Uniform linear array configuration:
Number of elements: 4
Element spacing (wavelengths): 0.5
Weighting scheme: binomial
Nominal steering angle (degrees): -45
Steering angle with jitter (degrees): -44.634
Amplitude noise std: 0.05
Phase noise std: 0.05

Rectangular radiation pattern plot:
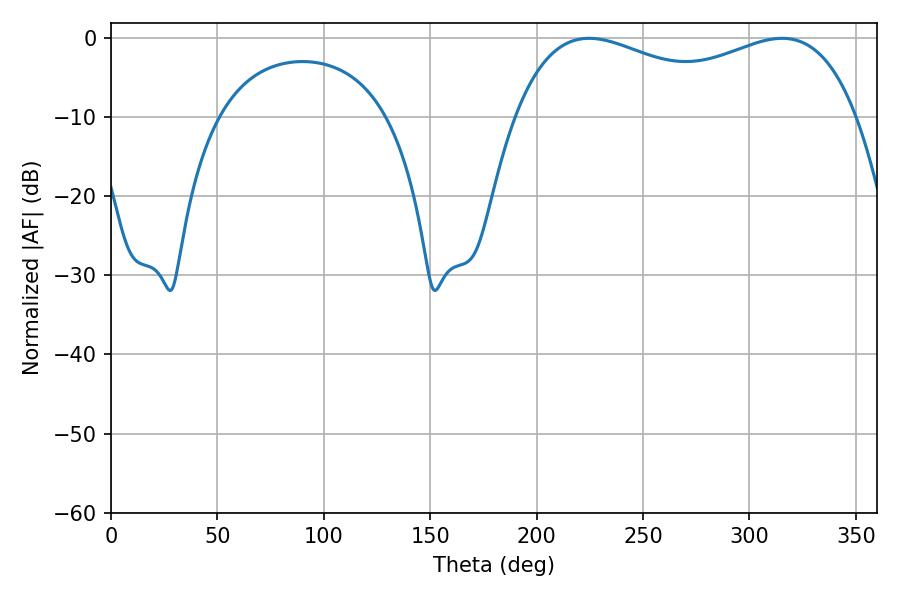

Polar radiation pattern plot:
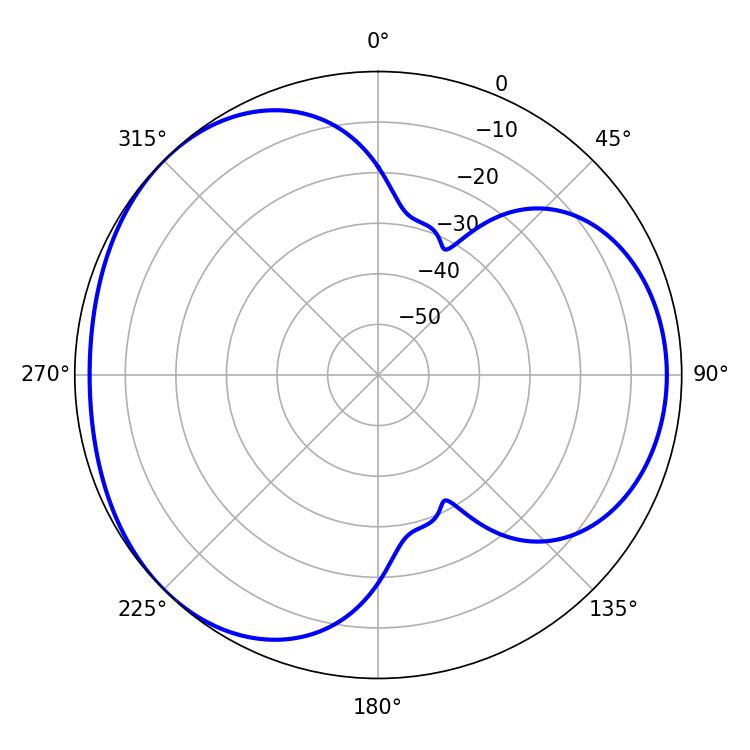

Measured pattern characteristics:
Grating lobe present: FALSE
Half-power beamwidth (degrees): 132.48
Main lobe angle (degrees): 224.64